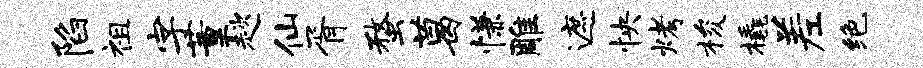
陷祖字董趑仙胥蝥葛慊雕遮怏烤梭橇差绝